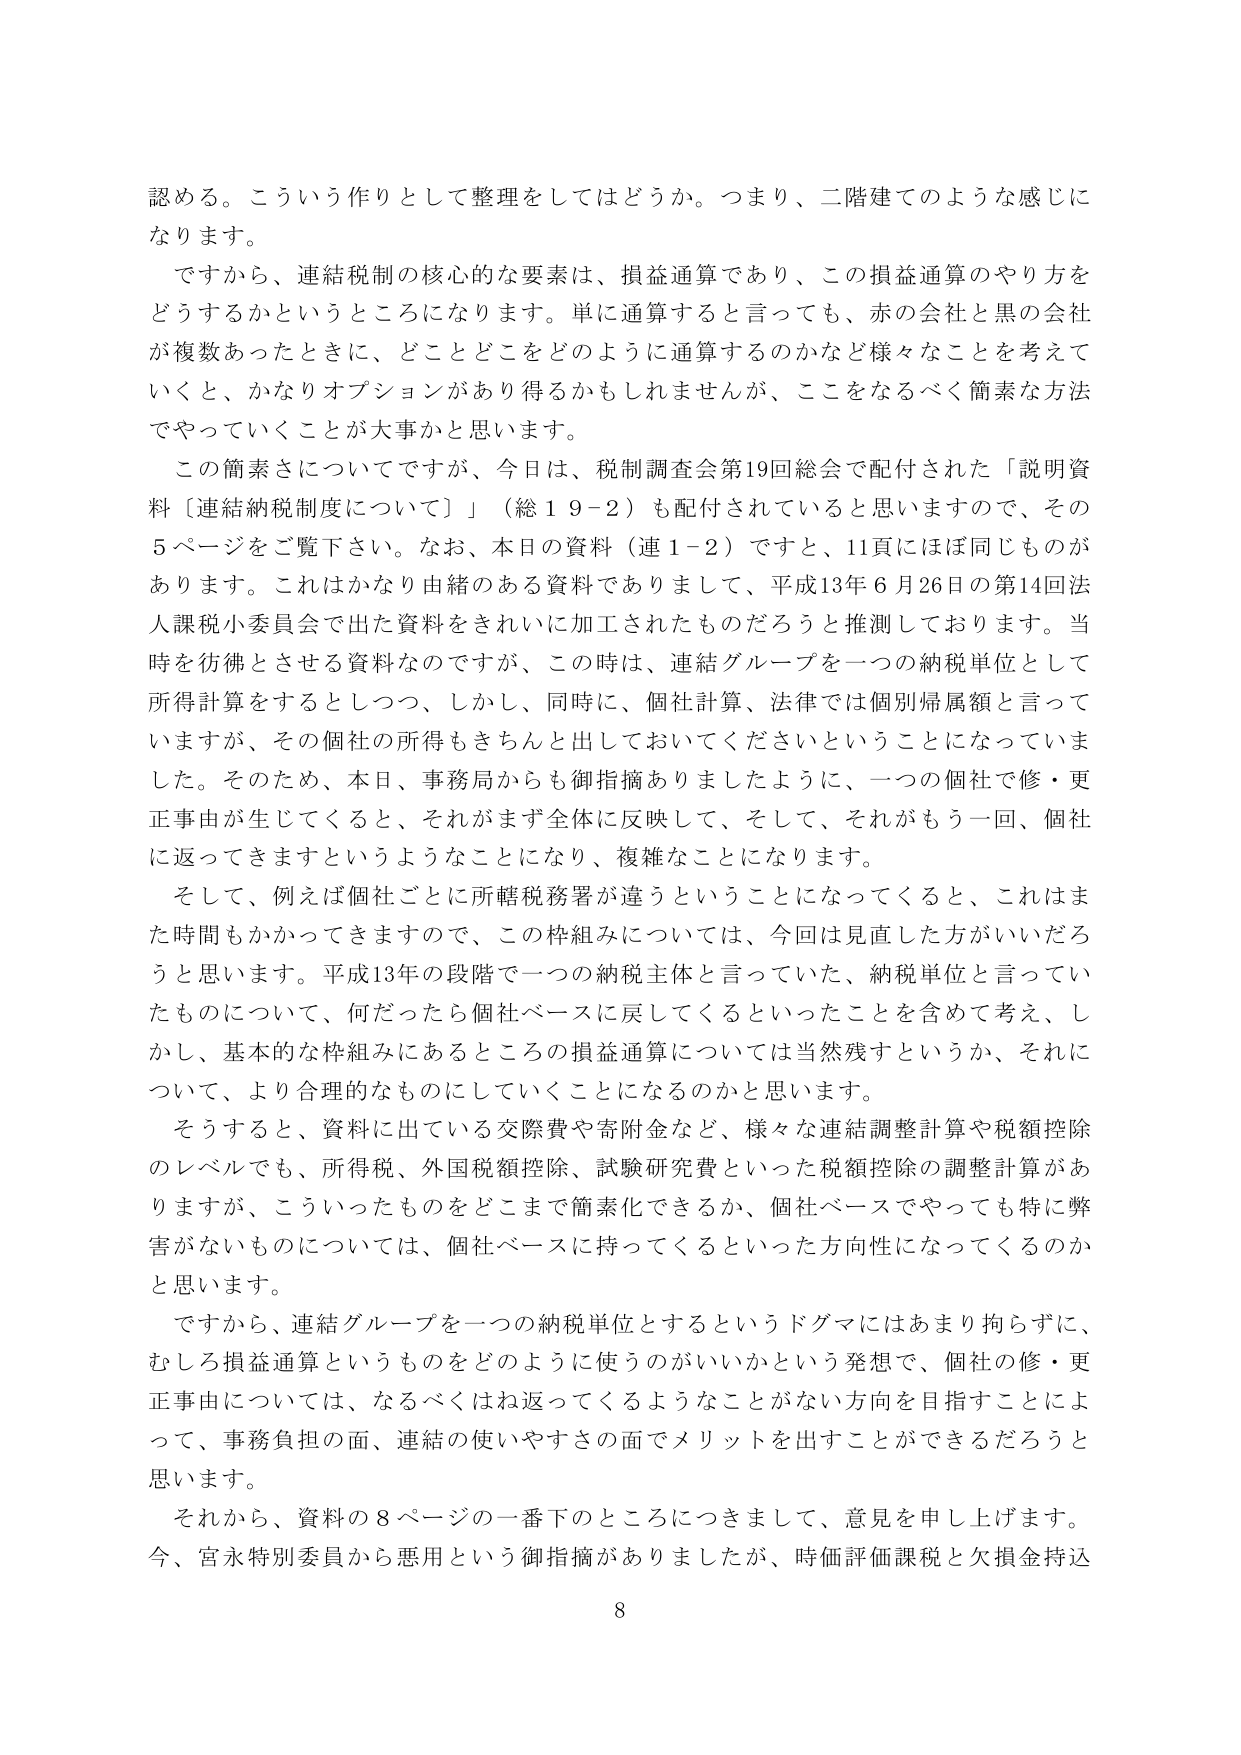
認める。こういう作りとして整理をしてはどうか。つまり、二階建てのような感じになります。

ですから、連結税制の核心的な要素は、損益通算であり、この損益通算のやり方をどうするかというところになります。単に通算すると言っても、赤の会社と黒の会社が複数あったときに、どことどこをどのように通算するのかなど様々なことを考えていくと、かなりオプションがあり得るかもしれませんが、これをなるべく簡素な方法でやっていくことが大事かと思います。

この簡素さについてですが、今日は、税制調査会第19回総会で配付された「説明資料〔連結納税制度について〕」（総１９－２）も配付されていると思いますので、その5ページをご覧下さい。なお、本日の資料（連１－２）ですと、11頁にほぼ同じものがあります。これはかなり由緒のある資料でありまして、平成13年6月26日の第14回法人課税小委員会で出た資料をきれいに加工されたものだろうと推測しております。当時を彷彿とさせる資料なのですが、この時は、連結グループを一つの納税単位として所得計算をするとしつつ、しかし、同時に、個社計算、法律では個別帰属額と言っていますが、その個社の所得もきちんと出しておいてくださいということになっていました。そのため、本日、事務局からも御指摘ありましたように、一つの個社で修・更正事由が生じてくると、それがまず全体に反映して、そして、それがもう一回、個社に返ってきますというようなことになり、複雑なことになります。

そして、例えば個社ごとに所轄税務署が違うということになってくると、これはまた時間もかかってきますので、この枠組みについては、今回は見直した方がいいだろうと思います。平成13年の段階で一つの納税主体と言っていた、納税単位と言っていたものについて、何だったら個社ベースに戻してくるといったことを含めて考え、しかし、基本的な枠組みにあるところの損益通算については当然残すというか、それについて、より合理的なものにしていくことになるのかと思います。

そうすると、資料に出ていている交際費や寄附金など、様々な連結調整計算や税額控除のレベルでも、所得税、外国税額控除、試験研究費といった税額控除の調整計算がありますが、こういったものをどこまで簡素化できるか、個社ベースでやっても特に弊害がないものについては、個社ベースに持ってくるといった方向性になってくるのかと思います。

ですから、連結グループを一つの納税単位とするというドグマにはあまり拘らずに、むしろ損益通算というものをどのように使うのがいいかという発想で、個社の修・更正事由については、なるべくはね返ってくるようなことがない方向を目指すことによって、事務負担の面、連結の使いやすさの面でメリットを出すことができるだろうと思います。

それから、資料の8ページの一番下のところにつきまして、意見を申し上げます。今、宮永特別委員から悪用という御指摘がありましたか、時価評価課税と欠損金持込

8